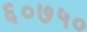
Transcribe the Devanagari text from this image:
६०७५०